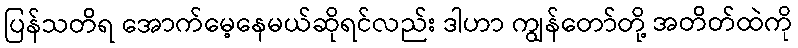
ပြန်သတိရ အောက်မေ့နေမယ်ဆိုရင်လည်း ဒါဟာ ကျွန်တော်တို့ အတိတ်ထဲကို